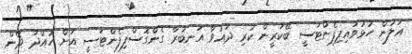
އަލުން ހުޅުވައިފިފެންޓަސީ ބޭކަރީން ކުރި ދައުވާ އަނބުރާ ގެންގޮސްފިފެންޓަސީ އަށް ހުއްދަ ދޭން